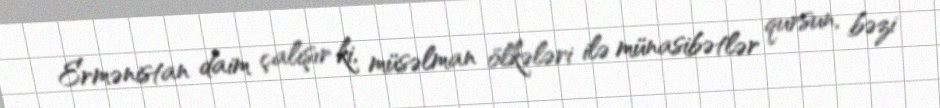
Ermənistan daim çalışır ki, müsəlman ölkələri ilə münasibətlər qursun, bəzi